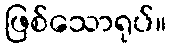
ဖြစ်သောရုပ်။